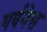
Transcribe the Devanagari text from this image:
गर्वनेस